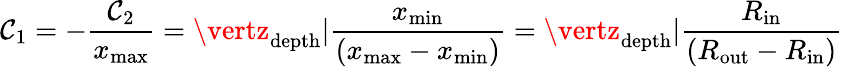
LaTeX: \mathcal{C}_{1}=-\frac{{\mathcal{C}_{2}}}{{x_{\mathrm{{max}}}}}=\vertz_{\mathrm{{depth}}}\vert\frac{{x_{\mathrm{{min}}}}}{{\left(x_{\mathrm{{max}}}-x_{\mathrm{{min}}}\right)}}=\vertz_{\mathrm{{depth}}}\vert\frac{{R_{\mathrm{{in}}}}}{{\left(R_{\mathrm{{out}}}-R_{\mathrm{{in}}}\right)}}